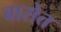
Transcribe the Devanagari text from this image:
बासेत